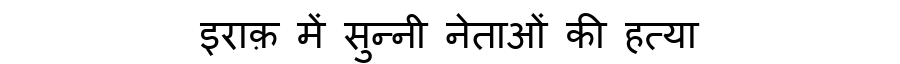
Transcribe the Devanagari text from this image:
इराक़ में सुन्नी नेताओं की हत्या